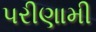
પરીણામી